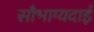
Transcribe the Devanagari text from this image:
सौभाग्यदाई